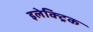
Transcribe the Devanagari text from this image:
इलेक्‍ट्रिक